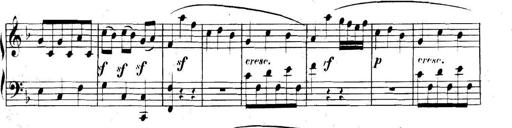
Title: Collected Piano Sonatas
Composer: Muzio Clementi